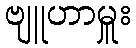
ဗျူဟာမှူး